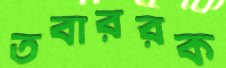
তবাররক